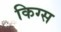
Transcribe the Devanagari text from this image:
किग्स